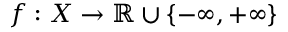
f : X \to \mathbb { R } \cup \{ - \infty , + \infty \}